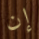
إن